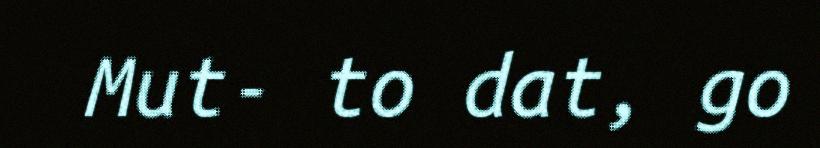
Mut- to dat, go